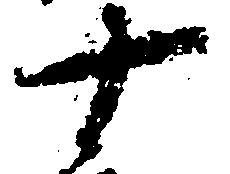
十